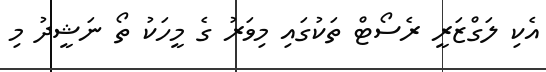
އެކި ލަގްޒަރީ ރެސޯޓް ތަކުގައި މިވަރު ގެ މީހަކު ތޯ ނަޝީދު މި